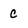
Character: c